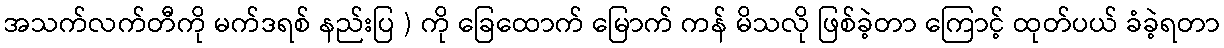
အသက်လက်တီကို မက်ဒရစ် နည်းပြ ) ကို ခြေထောက် မြောက် ကန် မိသလို ဖြစ်ခဲ့တာ ကြောင့် ထုတ်ပယ် ခံခဲ့ရတာ